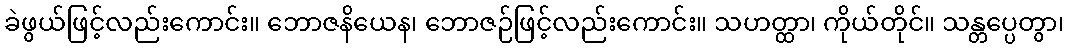
ခဲဖွယ်ဖြင့်လည်းကောင်း။ ဘောဇနိယေန၊ ဘောဇဉ်ဖြင့်လည်းကောင်း။ သဟတ္ထာ၊ ကိုယ်တိုင်။ သန္တပ္ပေတွာ၊